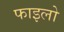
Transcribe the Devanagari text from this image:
फाइलो